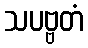
သပဗ္ဗတံ